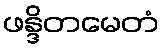
ဖန္ဒိတမေတံ